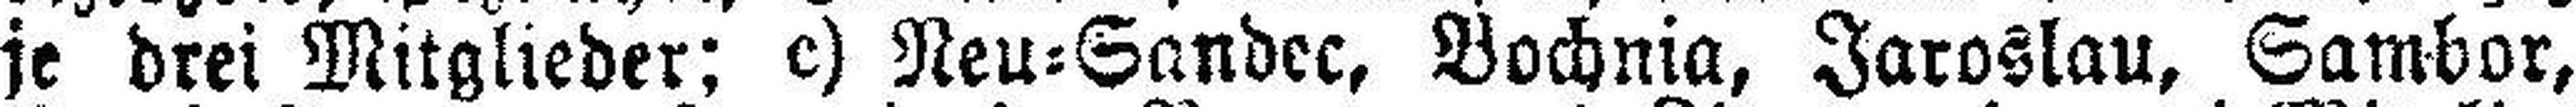
je drei Mitglieder: c) Neu-Sandec, Bochnia, Jaroslau, Sambor,